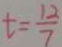
t = \frac { 1 2 } { 7 }